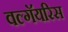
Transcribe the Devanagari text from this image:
वल्गॅयरिस